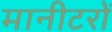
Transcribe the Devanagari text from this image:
मानीटरों